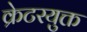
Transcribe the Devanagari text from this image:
क्रेटरयुक्त